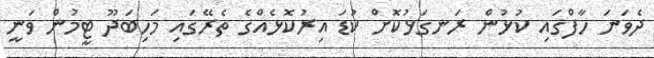
ދެވަނަ ހާފްގައި ކުޅުން ރަނގަޅުކޮށް ކުޑަ އިރުކޮޅެއްގެ ތެރޭގައި މަހިބަދޫ ޓީމުން ވަނީ